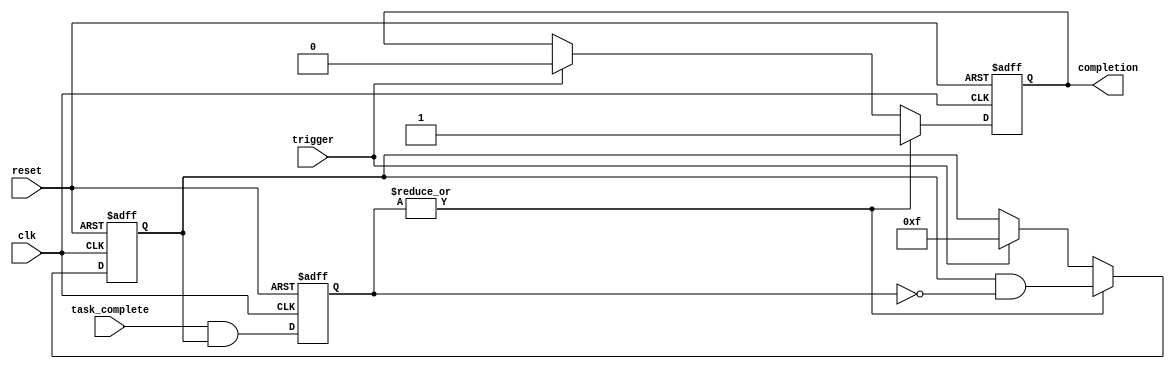
module ForkJoinAny #(
    parameter NUM_TASKS = 4 // Number of parallel tasks
)(
    input wire clk,              // Clock signal
    input wire reset,            // Asynchronous reset signal
    input wire trigger,          // Trigger signal to start tasks
    input wire [NUM_TASKS-1:0] task_complete, // Completion signals for each task
    output reg completion        // Completion signal indicating any task is done
);

    // Internal state to track if tasks are active
    reg [NUM_TASKS-1:0] active_tasks;
    reg [NUM_TASKS-1:0] completed_tasks;

    always @(posedge clk or posedge reset) begin
        if (reset) begin
            // Reset all states
            active_tasks <= 0;
            completed_tasks <= 0;
            completion <= 0;
        end else begin
            if (trigger) begin
                // On trigger, activate all tasks
                active_tasks <= {NUM_TASKS{1'b1}};
                completed_tasks <= 0; // Reset completed tasks
                completion <= 0; // Reset completion signal
            end
            
            // Check for task completions
            completed_tasks <= task_complete & active_tasks;

            // If any task has completed, set the completion signal
            if (|completed_tasks) begin
                completion <= 1'b1;
                // Clear the active task for the completed tasks
                active_tasks <= active_tasks & ~completed_tasks;
            end
            
            // Optional: If you want to reset the completion signal after it is acknowledged
            // Uncomment the following line to reset completion after one cycle
            // if (completion) completion <= 0;
        end
    end

endmodule